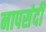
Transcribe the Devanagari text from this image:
नापसंदी